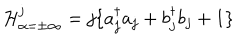
{ \cal H } _ { \alpha = \pm \infty } ^ { j } = j \{ a _ { j } ^ { \dagger } a _ { j } + b _ { j } ^ { \dagger } b _ { j } + 1 \}